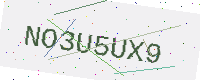
Text: NO3U5UX9